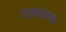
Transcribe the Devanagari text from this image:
पाकळया